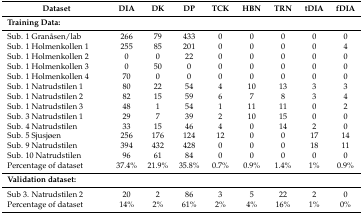
| Dataset | DIA | DK | DP | TCK | HBN | TRN | tDIA | fDIA |
 | Training Data: |  |  |  |  |  |  |  |  |
 | --- | --- | --- | --- | --- | --- | --- | --- | --- |
 | Sub. 1 Granåsen/lab | 266 | 79 | 433 | 0 | 0 | 0 | 0 | 0 |
 | Sub. 1 Holmenkollen 1 | 255 | 85 | 201 | 0 | 0 | 0 | 0 | 4 |
 | Sub. 1 Holmenkollen 2 | 0 | 0 | 22 | 0 | 0 | 0 | 0 | 0 |
 | Sub. 1 Holmenkollen 3 | 0 | 50 | 0 | 0 | 0 | 0 | 0 | 0 |
 | Sub. 1 Holmenkollen 4 | 70 | 0 | 0 | 0 | 0 | 0 | 0 | 0 |
 | Sub. 1 Natrudstilen 1 | 80 | 22 | 54 | 4 | 10 | 13 | 3 | 3 |
 | Sub. 1 Natrudstilen 2 | 82 | 15 | 59 | 6 | 7 | 8 | 3 | 4 |
 | Sub. 1 Natrudstilen 3 | 48 | 1 | 54 | 1 | 11 | 11 | 0 | 2 |
 | Sub. 3 Natrudstilen 1 | 29 | 7 | 39 | 2 | 10 | 15 | 0 | 0 |
 | Sub. 4 Natrudstilen | 33 | 15 | 46 | 4 | 0 | 14 | 2 | 0 |
 | Sub. 5 Sjusjøen | 256 | 176 | 124 | 12 | 0 | 0 | 17 | 14 |
 | Sub. 9 Natrudstilen | 394 | 432 | 428 | 0 | 0 | 0 | 18 | 11 |
 | Sub. 10 Natrudstilen | 96 | 61 | 84 | 0 | 0 | 0 | 0 | 0 |
 | Percentage of dataset | 37.4% | 21.9% | 35.8% | 0.7% | 0.9% | 1.4% | 1% | 0.9% |
 | Validation dataset: |  |  |  |  |  |  |  |  |
 | Sub 3. Natrudstilen 2 | 20 | 2 | 86 | 3 | 5 | 22 | 2 | 0 |
 | Percentage of dataset | 14% | 2% | 61% | 2% | 4% | 16% | 1% | 0% |